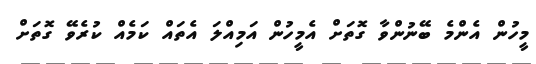
މީހުން އެންމެ ބޭނުންވާ ގޮތަށް އެމީހުން އަމިއްލަ އެތައް ކަމެއް ކުރެވޭ ގޮތަށް